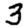
Digit: 3